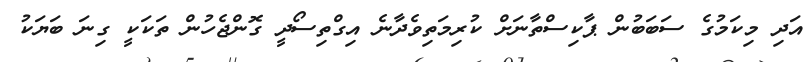
އަދި މިކަމުގެ ސަބަބުން ޕާކިސްތާނަށް ކުރިމަތިވެދާނެ އިގްތިސޯދީ ގޮންޖެހުން ތަކަކީ ގިނަ ބަޔަކު